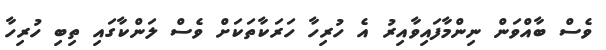
ވެސް ބާއްވަން ނިންމާފައިވާއިރު އެ ހުރިހާ ހަރަކާތަކަށް ވެސް ލަންކާގައި ތިބި ހުރިހާ